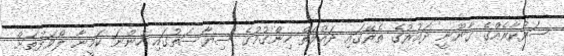
ސަރުކާރެއްގެ ގާނޫނީ ދައުރުގެ ތެރޭގައި ދައުލަތް ހިންގުމުގެ ސިޔާސަތުގައި ހުންނަ ކަމީނާ ލޯވަޅުތަށް